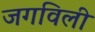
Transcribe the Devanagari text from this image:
जगविली